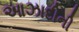
આઝાદીની